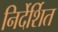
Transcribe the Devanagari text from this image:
निर्देर्शित